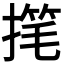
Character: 𫽳